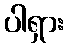
ပါရှား